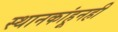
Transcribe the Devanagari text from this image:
स्थानकांहूनही